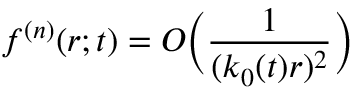
f ^ { ( n ) } ( r ; t ) = O \bigg ( \frac { 1 } { ( k _ { 0 } ( t ) r ) ^ { 2 } } \bigg )